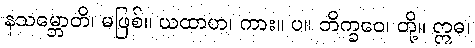
နသမ္ဘောတိ၊ မဖြစ်။ ယထာဟ၊ ကား။ ပ။ ဘိက္ခဝေ၊ တို့။ ဣဓ၊